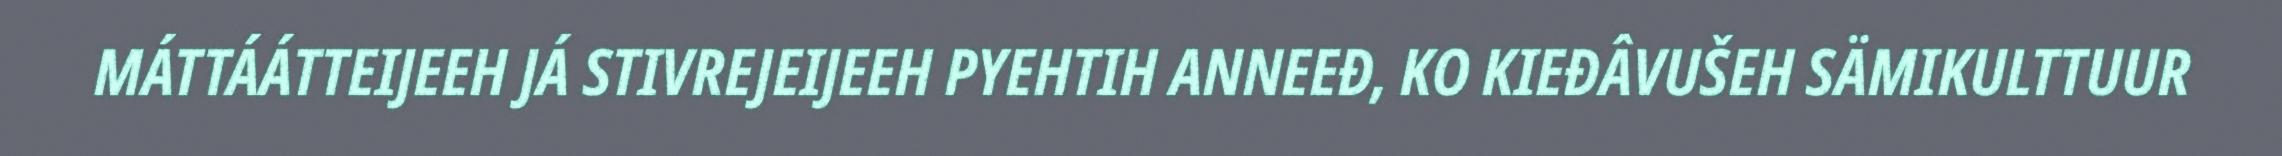
MÁTTÁÁTTEIJEEH JÁ STIVREJEIJEEH PYEHTIH ANNEEĐ, KO KIEĐÂVUŠEH SÄMIKULTTUUR